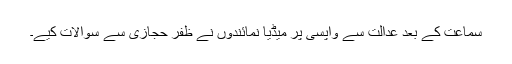
سماعت کے بعد عدالت سے واپسی پر میڈیا نمائندوں نے ظفر حجازی سے سوالات کیے۔